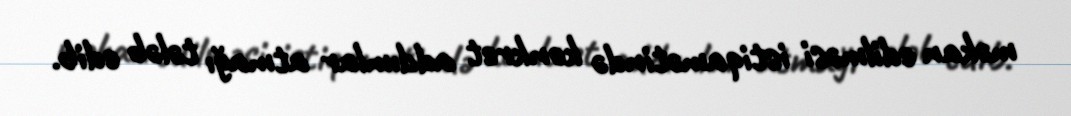
məkan edilməsi istiqamətində konkret addımlar atmağı tələb edib.